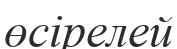
өсірелей